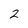
Character: 2